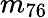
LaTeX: m_{76}